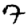
Digit: 7